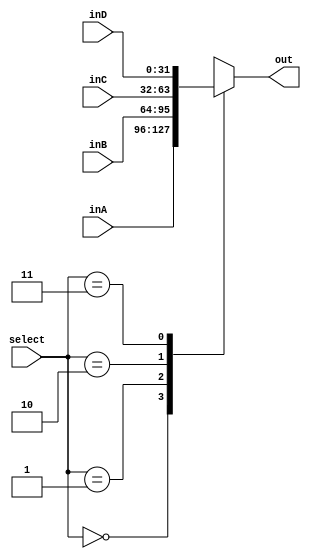
`timescale 1ns / 1ps

////////////////////////////////////////////////////////////////////////////////
// ECE369 - Computer Architecture
// 
// Module - Mux32Bit2To1.v
// Description - Performs signal multiplexing between 4 32-Bit words.
////////////////////////////////////////////////////////////////////////////////

module Mux_32Bit_4To1(out, inA, inB, inC, inD, select);

    output reg [31:0] out;
    
    input [31:0] inA;
    input [31:0] inB;
    input [31:0] inC;
    input [31:0] inD;
    input [1:0]select;

    always @(*)begin 
    
        case (select)
        
            4'b00:
            begin
                out <= inA;
            end

            4'b01:
            begin
                out <= inB;
            end

            4'b10:
            begin
                out <= inC;
            end

            4'b11:
            begin
                out <= inD;
            end

        endcase

    end

endmodule